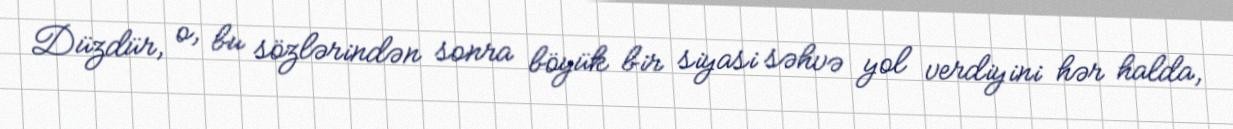
Düzdür, o, bu sözlərindən sonra böyük bir siyasi səhvə yol verdiyini hər halda,